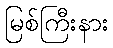
မြစ်ကြီးနား